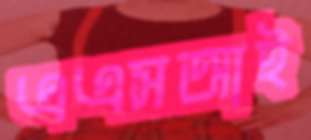
এএসআই